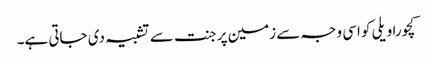
کچورا ویلی کو اسی وجہ سے زمین پر جنت سے تشبیہ دی جاتی ہے۔